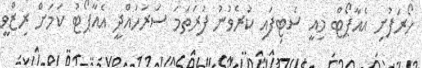
ހޯރަފުށި އެއާޕޯޓް މިއީ ސެޓިފައި ކުރެވުނު ފުރަތަމަ ސަރަހައްދީ އެއާޕޯޓު ކަމަށް ރިޒްވީ